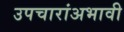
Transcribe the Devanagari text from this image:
उपचारांअभावी